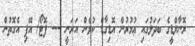
ރޮނާލްޑީގެ ބަދަލުގައި ޢުމުރުން އޮޑިގާޑް ކުޅެން އަރަނީ --- ފޮޓޯ/ އޭޕި އެގޮތުން